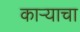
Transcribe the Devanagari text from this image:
काऱ्याचा